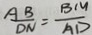
\frac { A B } { D N } = \frac { B M } { A D }